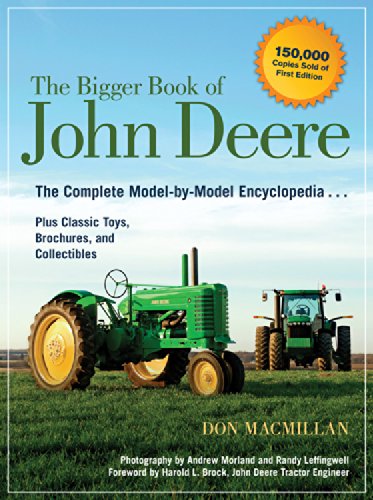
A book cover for The Bigger Book of John Deere: The Complete Model-by-Model Encyclopedia Plus Classic Toys, Brochures, and Collectibles; Don Macmillan; Engineering & Transportation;